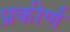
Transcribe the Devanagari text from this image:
प्रकीर्णं